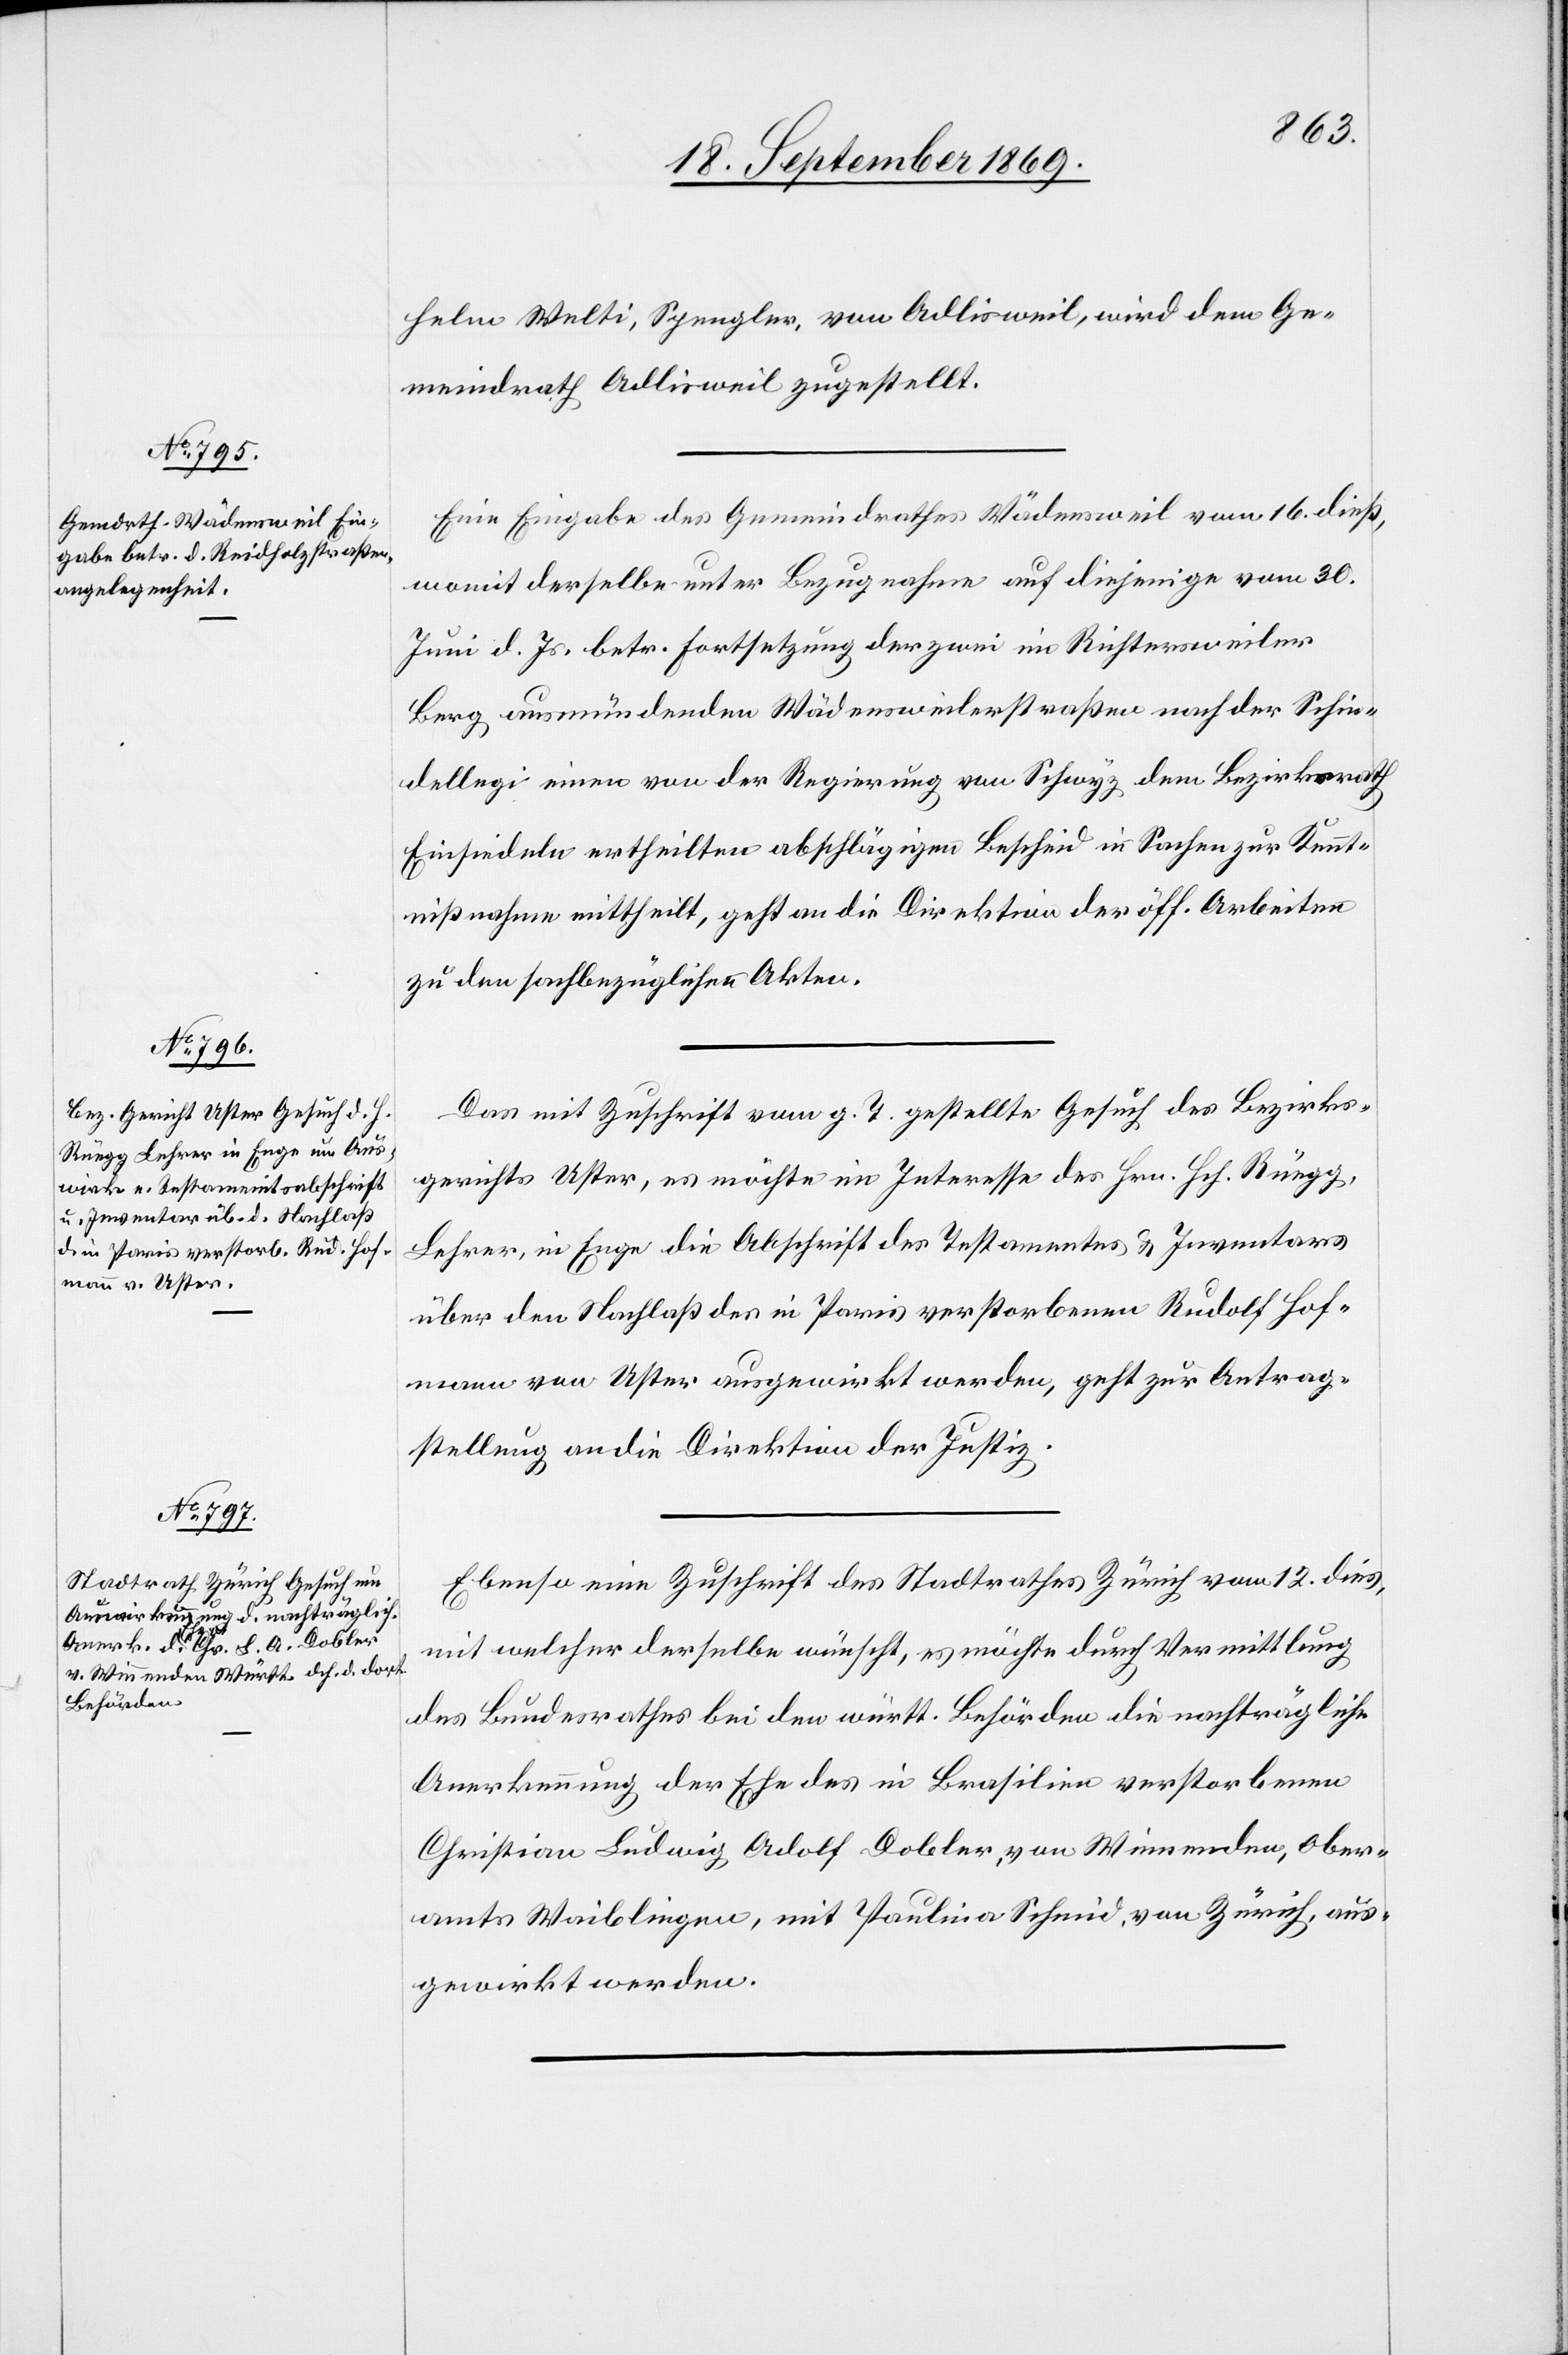
18. September 1869.]
helm Welti, Spengler, von Adlisweil, wird dem Ge¬
meindrath Adlisweil zugestellt.
Eine Eingabe des Gemeindrathes Wädensweil vom 16. dieß,
womit derselbe unter Bezugnahme auf diejenige vom 30.
Juni d. Js. betr. Fortsetzung der zwei im Richtersweiler
Berg ausmündenden Wädensweilerstraßen nach der Schin¬
dellegi einen von der Regierung von Schwyz dem Bezirksrath
Einsiedeln ertheilten abschlägigen Bescheid in Sachen zur Kennt¬
nißnahme mittheilt, geht an die Direktion der öff. Arbeiten
zu den sachbezüglichen Akten.
Das mit Zuschrift vom g. T. gestellte Gesuch des Bezirks¬
gerichts Uster, es möchte im Interesse des Hrn. Hch. Rüegg,
Lehrer, in Enge die Abschrift des Testamentes & Inventars
über den Nachlaß des in Paris verstorbenen Rudolf Hof¬
mann von Uster ausgewirkt werden, geht zur Antrag¬
stellung an die Direktion der Justiz.
Ebenso eine Zuschrift des Stadtrathes Zürich vom 12. dies,
mit welcher derselbe wünscht, es möchte durch Vermittlung
des Bundesrathes bei den württ. Behörden die nachträgliche
Anerkennung der Ehe des in Brasilien verstorbenen
Christian Ludwig Adolf Dobler, von Winnenden, Ober¬
amts Waiblingen, mit Paulina Schmid, von Zürich, aus¬
gewirkt werden.